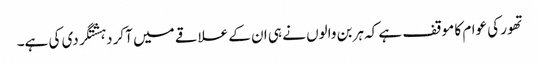
تھور کی عوام کا موقف ہے کہ ہربن والوں نے ہی ان کے علاقے میں آکر دہشتگردی کی ہے۔